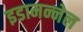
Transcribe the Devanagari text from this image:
इडामन्नेल